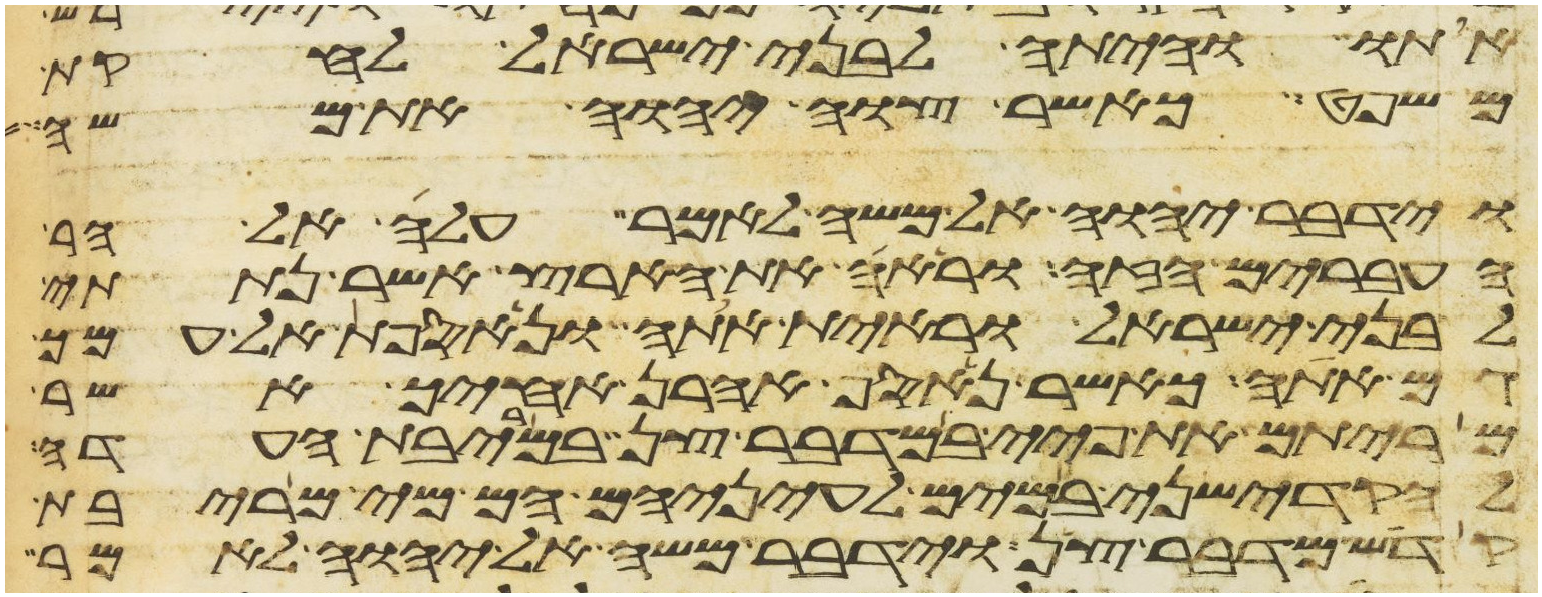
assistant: אתו והיתה לבני ישראל לחקת
משפט כאשר צוה יהוה את משה
וידבר יהוה אל משה לאמר עלה אל הר
העברים הזה וראה את הארץ אשר נתתי
לבני ישראל וראית אתה ונאספת אל עמך
גם אתה כאשר נאסף אהרן אחיך אשר
מריתם את פיי במדבר צן במריבת העדה
להקדישני במים לעיניהם הם מי מריבת
קדש מדבר צן וידבר משה אל יהוה לאמר